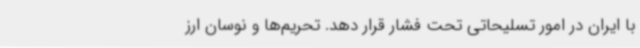
با ایران در امور تسلیحاتی تحت فشار قرار دهد. تحریم‌ها و نوسان ارز